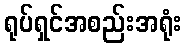
ရုပ်ရှင်အစည်းအရုံး